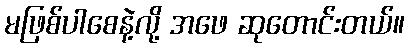
မဖြစ်ပါစေနဲ့လို့ အဖေ ဆုတောင်းတယ်။